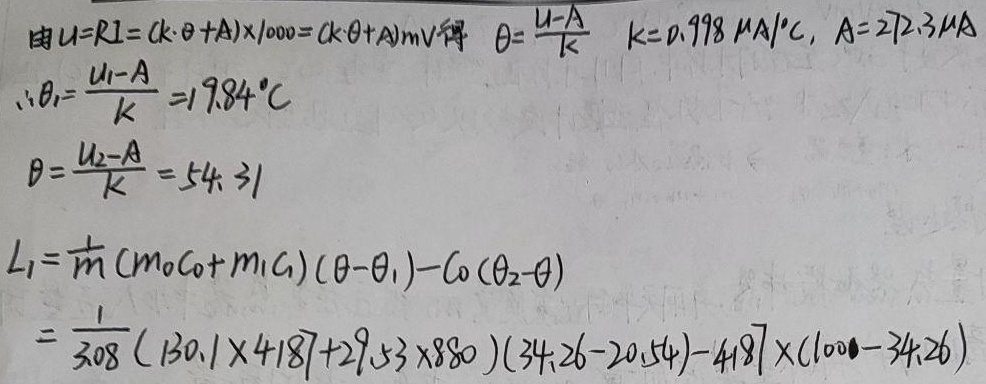
由\(U = RI=(k\cdot\theta + A)\times1000=(k\cdot\theta + A)\text{mV}\)得\(\theta=\frac{U - A}{k}\) 。\(k = 0.998\ \text{μA}/^{\circ}\text{C}\)，\(A = 272.3\text{μA}\)。
\(\therefore\theta_1=\frac{U_1 - A}{k}=19.84^{\circ}\text{C}\)
\(\theta_2=\frac{U_2 - A}{k}=54.31^{\circ}\text{C}\) （这里推测你\(\theta=\frac{U_2 - A}{k}=54.31\)少写了单位，补充为\(54.31^{\circ}\text{C}\) ）
\(L_1=\frac{1}{m}(m_0c_0 + m_1c_1)(\theta_2 - \theta_1)-c_0(\theta_3 - \theta_2)\) （这里推测你式子中\(\theta\)应该是有脚标的，分别用\(\theta_1,\theta_2,\theta_3\)区分，你可按需调整）
\(=\frac{1}{308}(130.1\times4187 + 29.53\times880)(34.26 - 20.54)-4187\times(100 - 34.26)\) （这里推测\(1000\)应为\(100\)，你可按需调整）